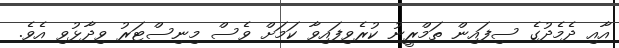
އާއި ދެމެދުގެ ސިފައިން ތަމްރީނު ކުރެވިފައިވާ ކަމަށް ވެސް މިނިސްޓަރު ވިދާޅުވި އެވެ.